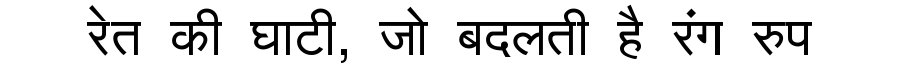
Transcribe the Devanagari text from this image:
रेत की घाटी, जो बदलती है रंग रुप